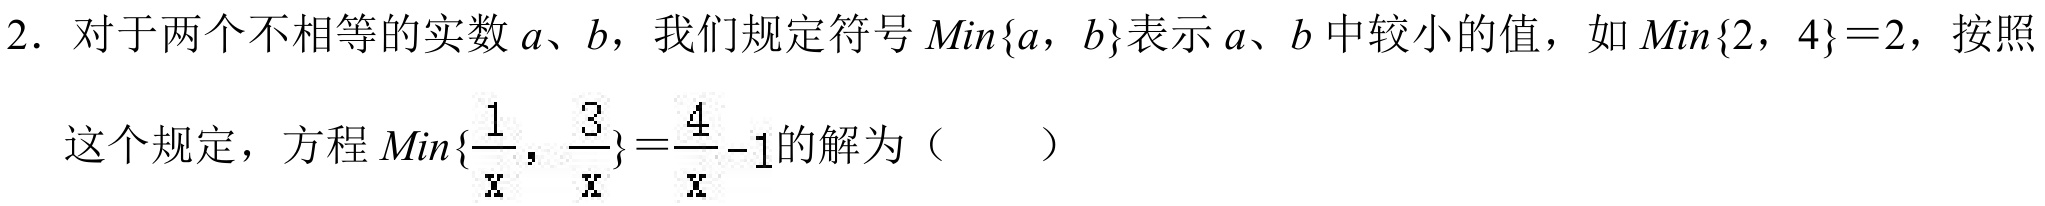
2. 对于两个不相等的实数\(a\)、\(b\)，我们规定符号\(Min\{a，b\}\)表示\(a\)、\(b\)中较小的值，如\(Min\{2，4\}=2\)，按照
这个规定，方程\(Min\{\frac{1}{x}，\frac{3}{x}\}=\frac{4}{x}-1\)的解为（  ）